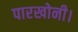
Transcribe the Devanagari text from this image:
पारखोनी।